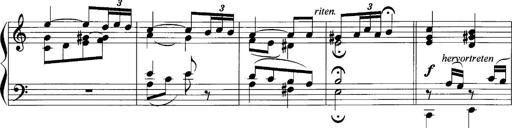
Title: Sonatina No.1
Composer: Otto Stoll
Key: C major